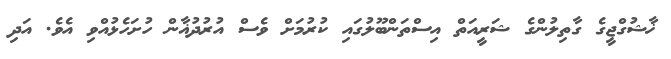
ޚާޝުގްޖީގެ ގާތިލުންގެ ޝަރީއަތް އިސްތަންބޫލުގައި ކުރުމަށް ވެސް އުރުދުޣާން ހުށަހެޅުއްވި އެވެ. އަދި